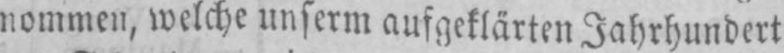
nommen, welche unserm aufgeklärten Jahrhundert